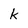
Character: k